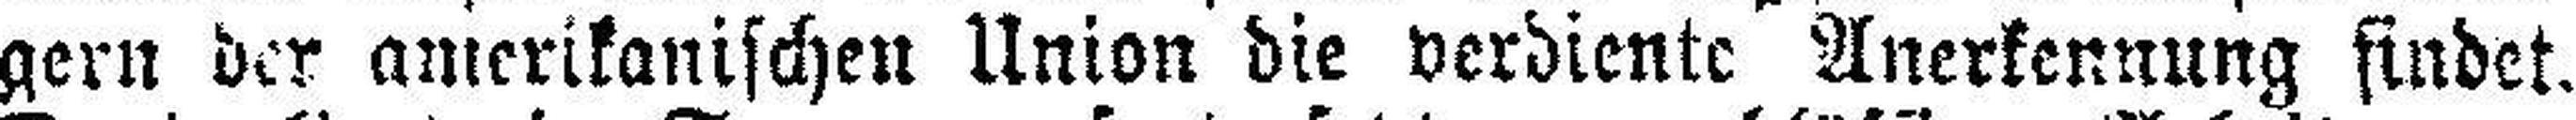
gern der amerikanischen Union die verdiente Anerkennung findet.